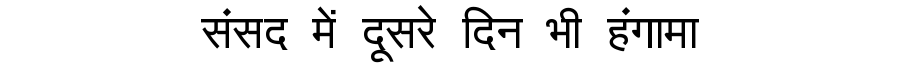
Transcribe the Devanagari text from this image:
संसद में दूसरे दिन भी हंगामा